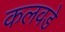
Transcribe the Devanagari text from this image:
कलवडे